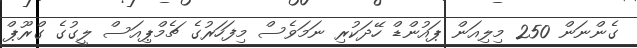
ގެންނަން 250 މިލިއަން ޕައުންޑް ހޭދަކުރި ނަމަވެސް މިފަހަރުގެ ޗެމްޕިއަސް ލީގުގެ ގްރޫޕް